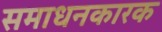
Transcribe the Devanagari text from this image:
समाधनकारक